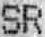
SR